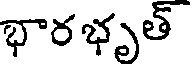
భారభృత్